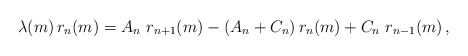
\begin{align*} \lambda(m)\, r_n(m)=A_{n}\ r_{n+1}(m) -(A_n+C_n)\,r_n(m)+ C_n \ r_{n-1}(m)\,,\end{align*}